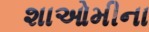
શાઓમીના